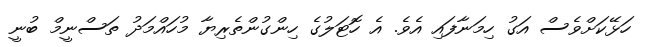
ހަޅޭކަށްވެސް އަގު ހިމަނާފައި އެވެ. އެ ހޮޓަލުގެ ހިންގުންތެރިޔާ މުހައްމަދު ތަސްނީމް ބުނީ